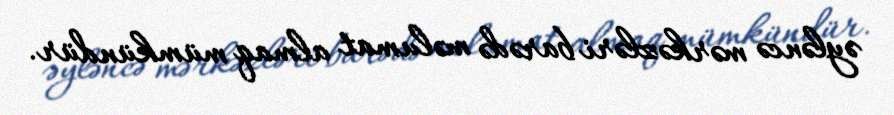
əyləncə mərkəzləri barədə məlumat almaq mümkündür.